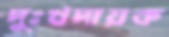
দুঃখদায়ক